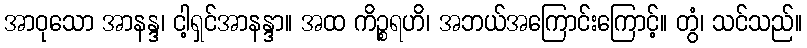
အာဝုသော အာနန္ဒ၊ ငါ့ရှင်အာနန္ဒာ။ အထ ကိဉ္စရဟိ၊ အဘယ်အကြောင်းကြောင့်။ တွံ၊ သင်သည်။